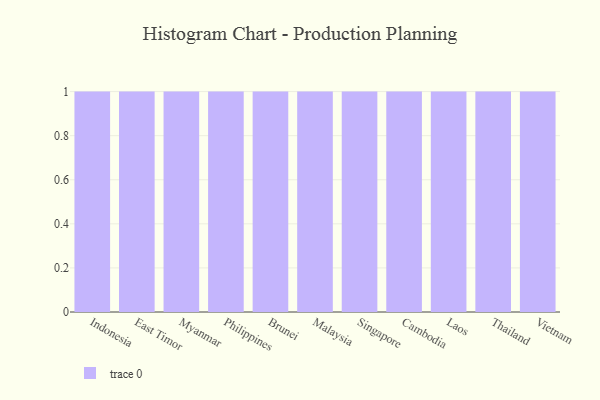
{"axis": {"x": "Country", "y": "Website Visitors"}, "legend": [""], "data": [{"x": "Indonesia", "y": 1, "type": ""}, {"x": "East Timor", "y": 20, "type": ""}, {"x": "Myanmar", "y": 58, "type": ""}, {"x": "Philippines", "y": 14, "type": ""}, {"x": "Brunei", "y": 84, "type": ""}, {"x": "Malaysia", "y": 14, "type": ""}, {"x": "Singapore", "y": 39, "type": ""}, {"x": "Cambodia", "y": 29, "type": ""}, {"x": "Laos", "y": 3, "type": ""}, {"x": "Thailand", "y": 72, "type": ""}, {"x": "Vietnam", "y": 61, "type": ""}]}